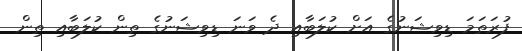
ފުރަތަމަ ޑިވިޝަނުގެ އަށް ކުލަބާއި ދެ ވަނަ ޑިވިޝަނުގެ ތިން ކުލަބާއި ތިން